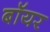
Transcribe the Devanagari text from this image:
बॉयर